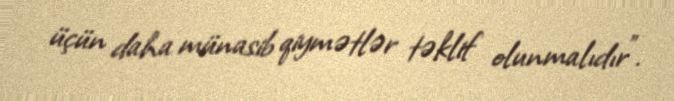
üçün daha münasib qiymətlər təklif olunmalıdır”.